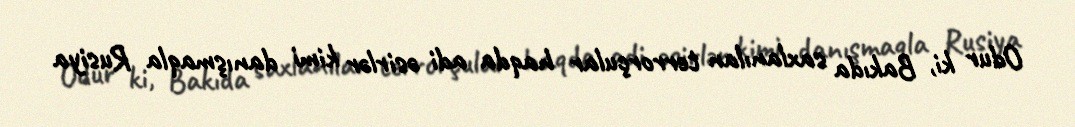
Odur ki, Bakıda saxlanılan terrorçular haqda adi əsirlər kimi danışmaqla Rusiya